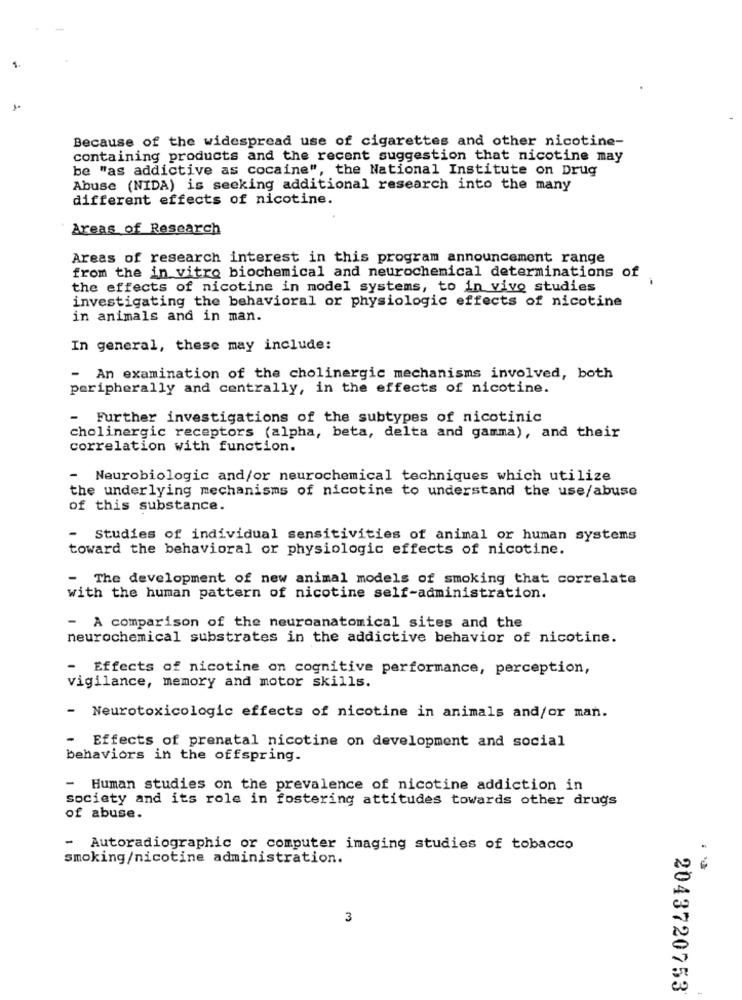
Because of the widespread use of cigarettes and other nicotine-
containing products and the recent suggestion that nicotine may
be "as addictive as cocaine", the National Institute on Drug
Abuse (NIDA) is seeking additional research into the many
different effects of nicotine.
Areas of Research
Areas of research interest in this program announcement range
from the in vitro biochemical and neurochemical determinations of
the effects of nicotine in model systems, to in vivo studies
investigating the behavioral or physiologic effects of nicotine
in animals and in man.
In general, these may include:
- An examination of the cholinergic mechanisms involved, both
peripherally and centrally, in the effects of nicotine.
- Further investigations of the subtypes of nicotinic
cholinergic receptors (alpha, beta, delta and gamma), and their
correlation with function.
-
Neurobiologic and/or neurochemical techniques which utilize
the underlying mechanisms of nicotine to understand the use/abuse
of this substance.
-
Studies of individual sensitivities of animal or human systems
toward the behavioral or physiologic effects of nicotine.
- The development of new animal models of smoking that correlate
with the human pattern of nicotine self-administration.
- A comparison of the neuroanatomical sites and the
neurochemical substrates in the addictive behavior of nicotine.
Effects of nicotine on cognitive performance, perception,
vigilance, memory and motor skills.
- Neurotoxicologic effects of nicotine in animals and/or man.
- Effects of prenatal nicotine on development and social
behaviors in the offspring.
- Human studies on the prevalence of nicotine addiction in
society and its role in fostering attitudes towards other drugs
of abuse.
- Autoradiographic or computer imaging studies of tobacco
smoking/nicotine administration.
3
2043720753